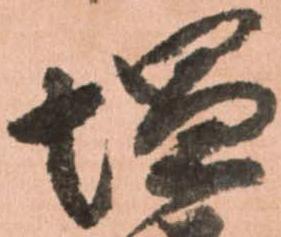
塩